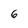
Character: 6